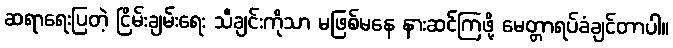
ဆရာရေးပြတဲ့ ငြိမ်းချမ်းရေး သီချင်းကိုသာ မဖြစ်မနေ နားဆင်ကြဖို့ မေတ္တာရပ်ခံချင်တာပါ။